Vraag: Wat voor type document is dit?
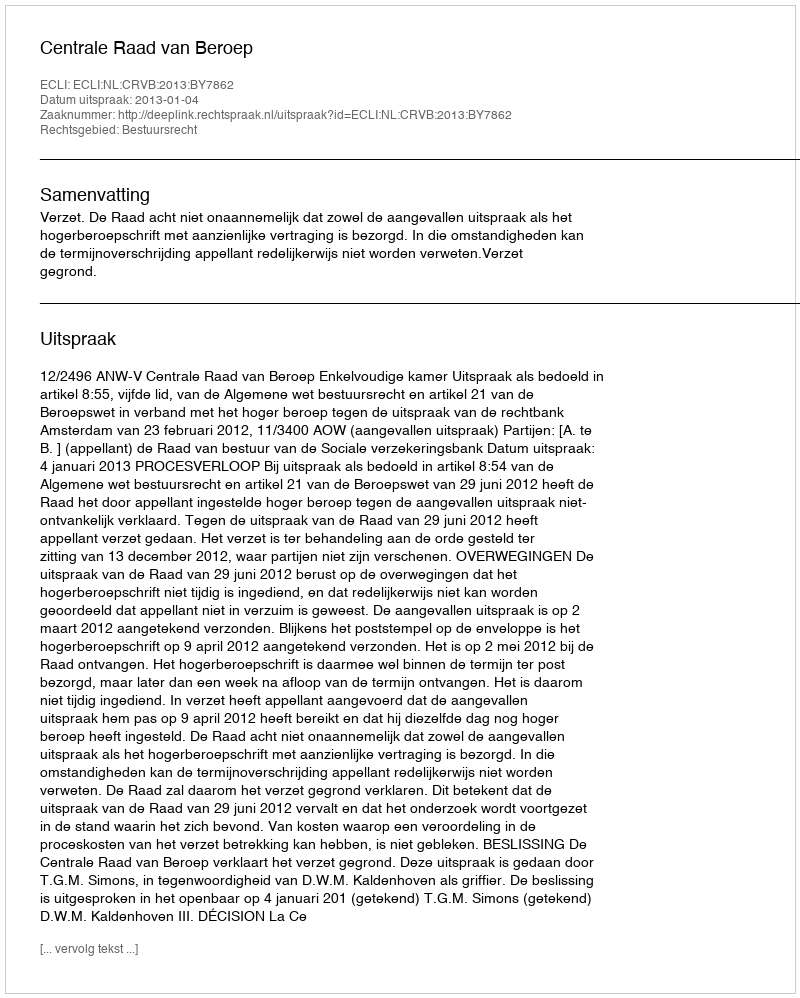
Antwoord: Uitspraak